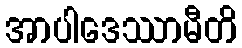
အာပါဒေဿာမီတိ